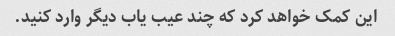
این کمک خواهد کرد که چند عیب یاب دیگر وارد کنید.